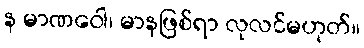
န မာဏဝေါ၊ မာနဖြစ်ရာ လုလင်မဟုတ်။